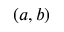
( a , b )